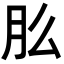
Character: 𬁲